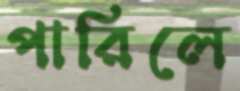
পারিলে